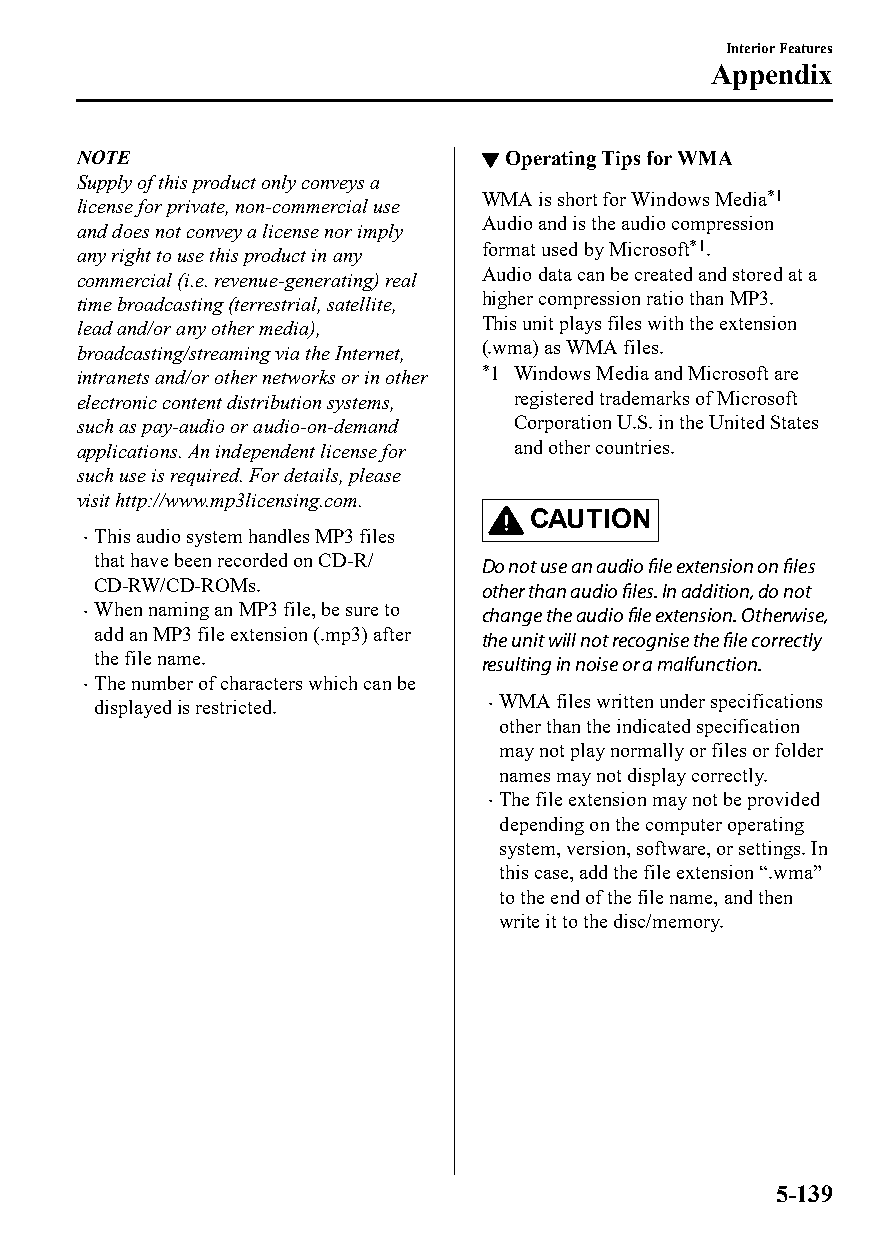
Interior Features
 Appendix
 NOTE                       ▼Operating Tips for WMA
 Supply of this product only conveys a
 WMA is short for Windows Media*1
 license for private, non-commercial use
 Audio and is the audio compression
 and does not convey a license nor imply
 any right to use this product in any format used by Microsoft*1.
 commercial (i.e. revenue-generating) real Audio data can be created and stored at a
 time broadcasting (terrestrial, satellite, higher compression ratio than MP3.
 lead and/or any other media), This unit plays files with the extension
 broadcasting/streaming via the Internet, (.wma) as WMA files.
 intranets and/or other networks or in other *1 Windows Media and Microsoft are
 electronic content distribution systems, registered trademarks of Microsoft
 such as pay-audio or audio-on-demand Corporation U.S. in the United States
 applications. An independent license for and other countries.
 such use is required. For details, please
 visit http://www.mp3licensing.com.
 CAUTION
 This audio system handles MP3 files
 
 that have been recorded on CD-R/ Do not use an audio file extension on files
 CD-RW/CD-ROMs.            other than audio files. In addition, do not
  When naming an MP3 file, be sure to change the audio file extension. Otherwise,
 add an MP3 file extension (.mp3) after the unit will not recognise the file correctly
 the file name.            resulting in noise or a malfunction.
 The number of characters which can be
 
 displayed is restricted.   WMA files written under specifications
 other than the indicated specification
 may not play normally or files or folder
 names may not display correctly.
 The file extension may not be provided
 
 depending on the computer operating
 system, version, software, or settings. In
 this case, add the file extension “.wma”
 to the end of the file name, and then
 write it to the disc/memory.
 5-139
 CX-3_8GT4-EE-18D_Edition4                  2018-9-6 18:32:19